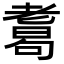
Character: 𦓂